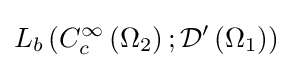
L_{b}\left(C_{c}^{\infty }\left(\Omega _{2}\right);{\mathcal {D}}^{\prime }\left(\Omega _{1}\right)\right)